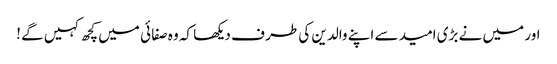
اور میں نے بڑی امید سے اپنے والدین کی طر ف دیکھا کہ وہ صفا ئی میں کچھ کہیں گے !